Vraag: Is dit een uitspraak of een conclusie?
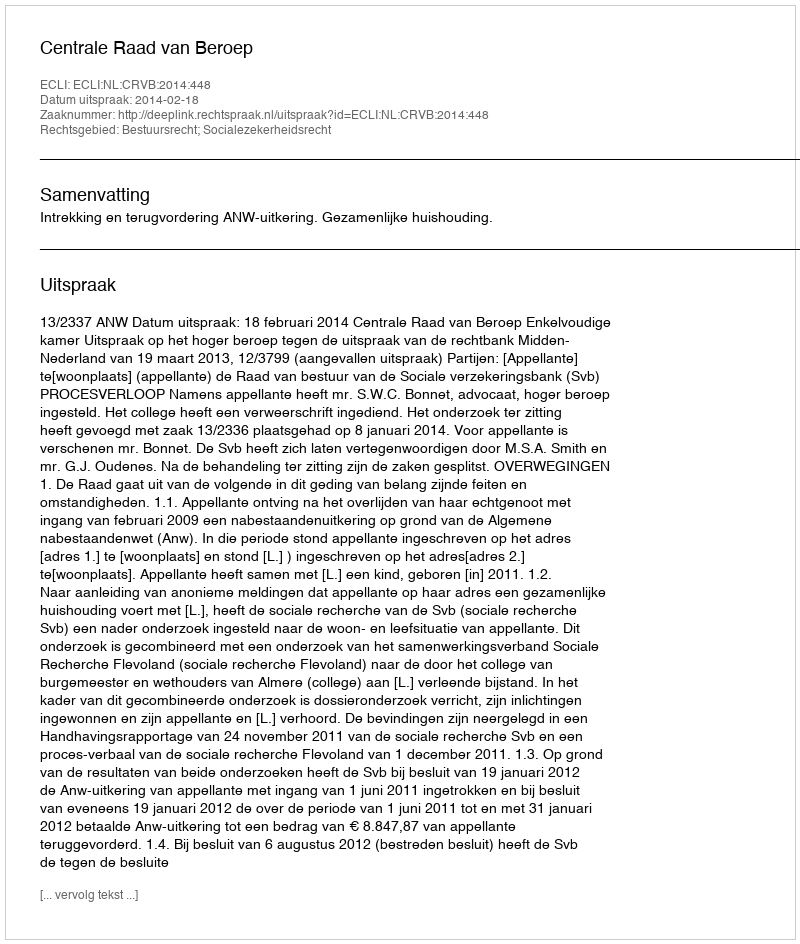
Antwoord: Uitspraak